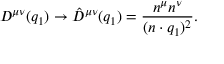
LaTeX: D ^ { \mu \nu } ( q _ { 1 } ) \to \hat { D } ^ { \mu \nu } ( q _ { 1 } ) = \frac { n ^ { \mu } n ^ { \nu } } { ( n \cdot q _ { 1 } ) ^ { 2 } } .